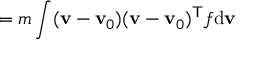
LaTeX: \mathbf { \sigma } = m \int ( \mathbf { v } - \mathbf { v } _ { 0 } ) ( \mathbf { v } - \mathbf { v } _ { 0 } ) ^ { \mathsf { T } } f \mathrm { d } \mathbf { v }